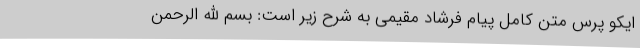
ایکو پرس متن کامل پیام فرشاد مقیمی به شرح زیر است: بسم الله الرحمن